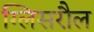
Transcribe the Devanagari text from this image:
ग्लिसरौल